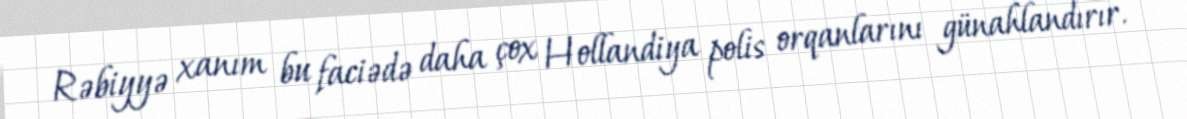
Rəbiyyə xanım bu faciədə daha çox Hollandiya polis orqanlarını günahlandırır.